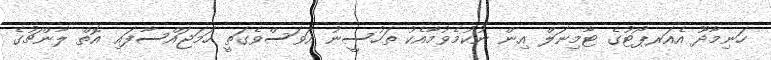
ހަނިމާދޫ އެއަރޕޯޓުގެ ޓާމިނަލް އިން ނުކުމެވުމާއެކު ތަހުސީނު އަވަސްވެގަތީ ހަމަޖައްސާފައި އޮތް ލާންޗުގެ